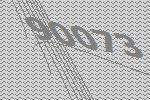
90073